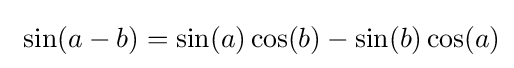
\ \sin(a-b)=\sin(a)\cos(b)-\sin(b)\cos(a)